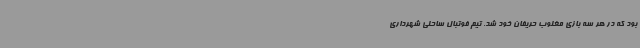
بود که در هر سه بازی مغلوب حریفان خود شد. تیم فوتبال ساحلی شهرداری